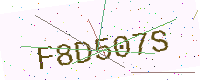
Text: F8D507S